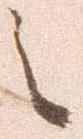
之